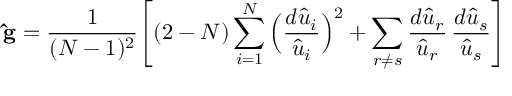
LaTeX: { \bf { \hat { g } } } = \frac { 1 } { ( N - 1 ) ^ { 2 } } \Bigg [ ( 2 - N ) \sum _ { i = 1 } ^ { N } \Big ( \frac { d { \hat { u } } _ { i } } { { \hat { u } } _ { i } } \Big ) ^ { 2 } + \sum _ { r \neq s } \frac { d { \hat { u } } _ { r } } { { \hat { u } } _ { r } } \, \frac { d { \hat { u } } _ { s } } { { \hat { u } } _ { s } } \Bigg ]